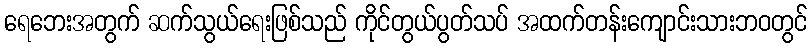
ရေဘေးအတွက် ဆက်သွယ်ရေးဖြစ်သည် ကိုင်တွယ်ပွတ်သပ် အထက်တန်းကျောင်းသားဘဝတွင်